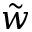
\tilde { w }